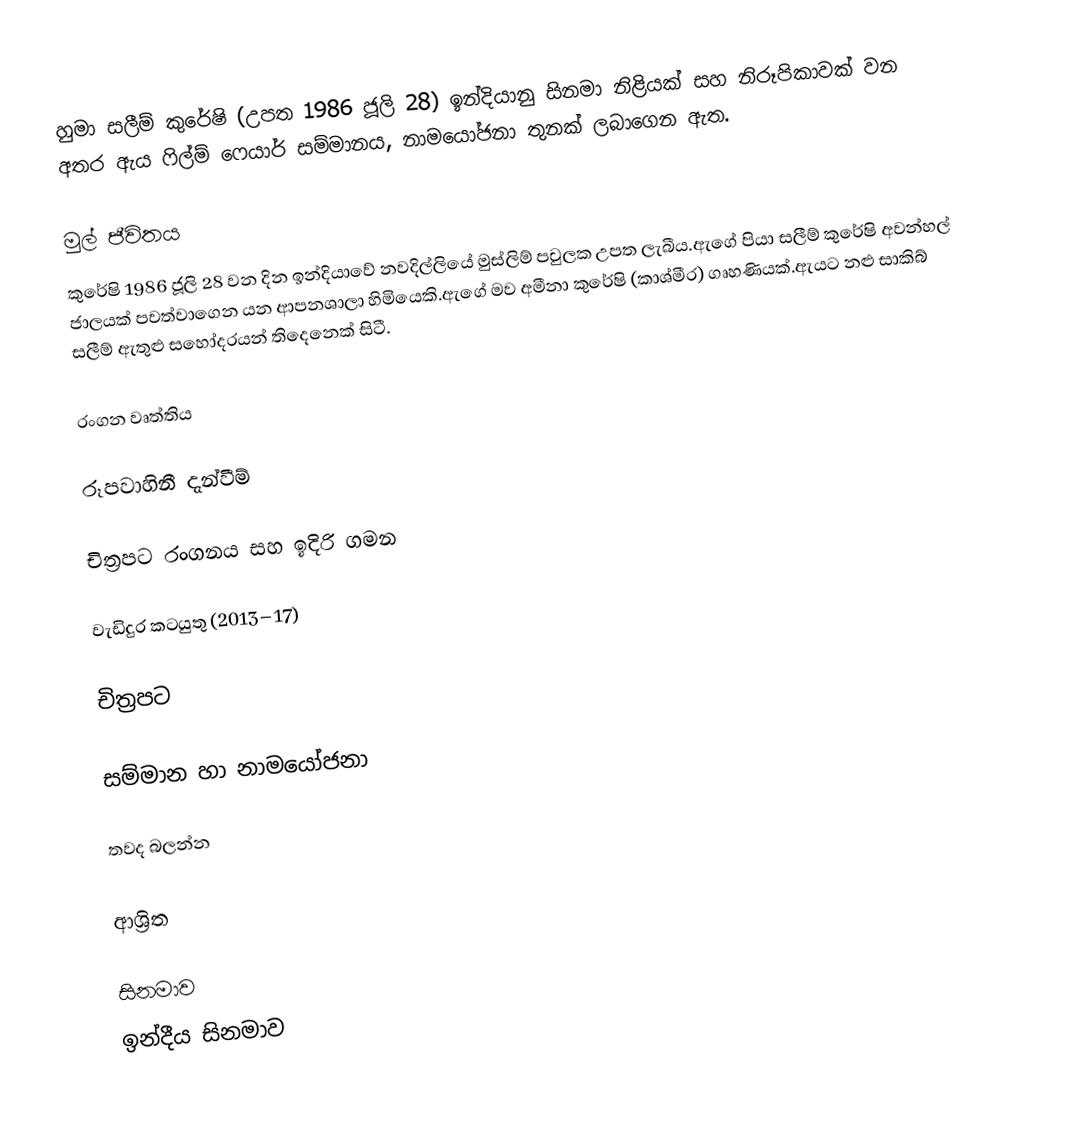
හුමා සලීම් කුරේෂි (උපත 1986 ජූලි 28) ඉන්දියානු සිනමා නිළියක් සහ නිරූපිකාවක් වන අතර ඇය ෆිල්ම් ෆෙයාර් සම්මානය, නාමයෝජනා තුනක් ලබාගෙන ඇත.

මුල් ජීවිතය
කුරේෂි 1986 ජූලි 28 වන දින ඉන්දියාවේ නවදිල්ලියේ මුස්ලිම් පවුලක උපත ලැබීය.ඇගේ පියා සලීම් කුරේෂි අවන්හල් ජාලයක් පවත්වාගෙන යන ආපනශාලා හිමියෙකි.ඇගේ මව අමීනා කුරේෂි (කාශ්මීර) ගෘහණියක්.ඇයට නළු සාකිබ් සලීම් ඇතුළු සහෝදරයන් තිදෙනෙක් සිටී.

රංගන වෘත්තිය

රූපවාහිනී දැන්වීම්

චිත්‍රපට රංගනය සහ ඉදිරි ගමන

වැඩිදුර කටයුතු (2013–17)

චිත්‍රපට

සම්මාන හා නාමයෝජනා

තවද බලන්න

ආශ්‍රිත

සිනමාව
ඉන්දීය සිනමාව